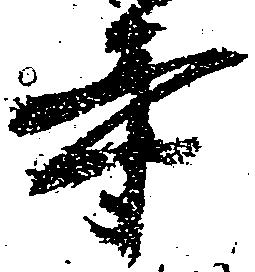
寺